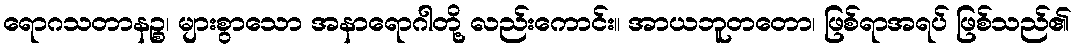
ရောဂသတာနဉ္စ၊ များစွာသော အနာရောဂါတို့ လည်းကောင်း။ အာယဘူတတော၊ ဖြစ်ရာအရပ် ဖြစ်သည်၏